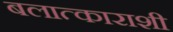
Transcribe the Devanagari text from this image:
बलात्काराशी